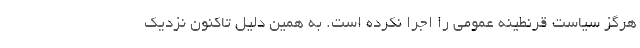
هرگز سیاست قرنطینه عمومی را اجرا نکرده است. به همین دلیل تاکنون نزدیک